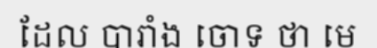
ដែល បារាំង ចោទ ថា មេ